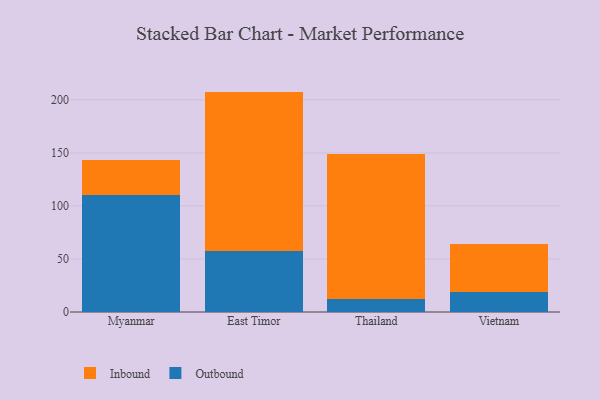
{"axis": {"x": "Country", "y": "Bounce Rate (%)"}, "legend": ["Inbound", "Outbound"], "data": [{"x": "Myanmar", "y": 110.7, "type": "Outbound"}, {"x": "Myanmar", "y": 32.6, "type": "Inbound"}, {"x": "East Timor", "y": 57.3, "type": "Outbound"}, {"x": "East Timor", "y": 150.4, "type": "Inbound"}, {"x": "Thailand", "y": 12.2, "type": "Outbound"}, {"x": "Thailand", "y": 136.3, "type": "Inbound"}, {"x": "Vietnam", "y": 18.9, "type": "Outbound"}, {"x": "Vietnam", "y": 45.0, "type": "Inbound"}]}